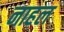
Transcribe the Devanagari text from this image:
नाहल